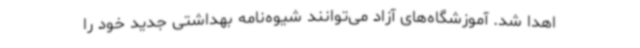
اهدا شد. آموزشگاه‌های آزاد می‌توانند شیوه‌نامه بهداشتی جدید خود را